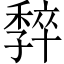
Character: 𡦧